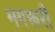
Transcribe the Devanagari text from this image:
मगरूरी